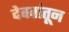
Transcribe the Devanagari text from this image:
देवतांतून